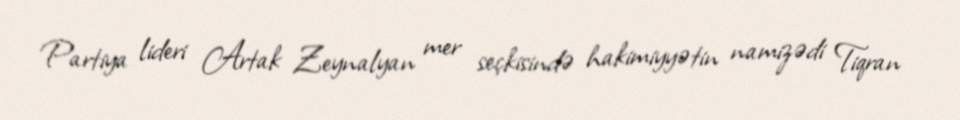
Partiya lideri Artak Zeynalyan mer seçkisində hakimiyyətin namizədi Tiqran